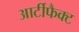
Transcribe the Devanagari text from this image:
आर्टीफैक्ट